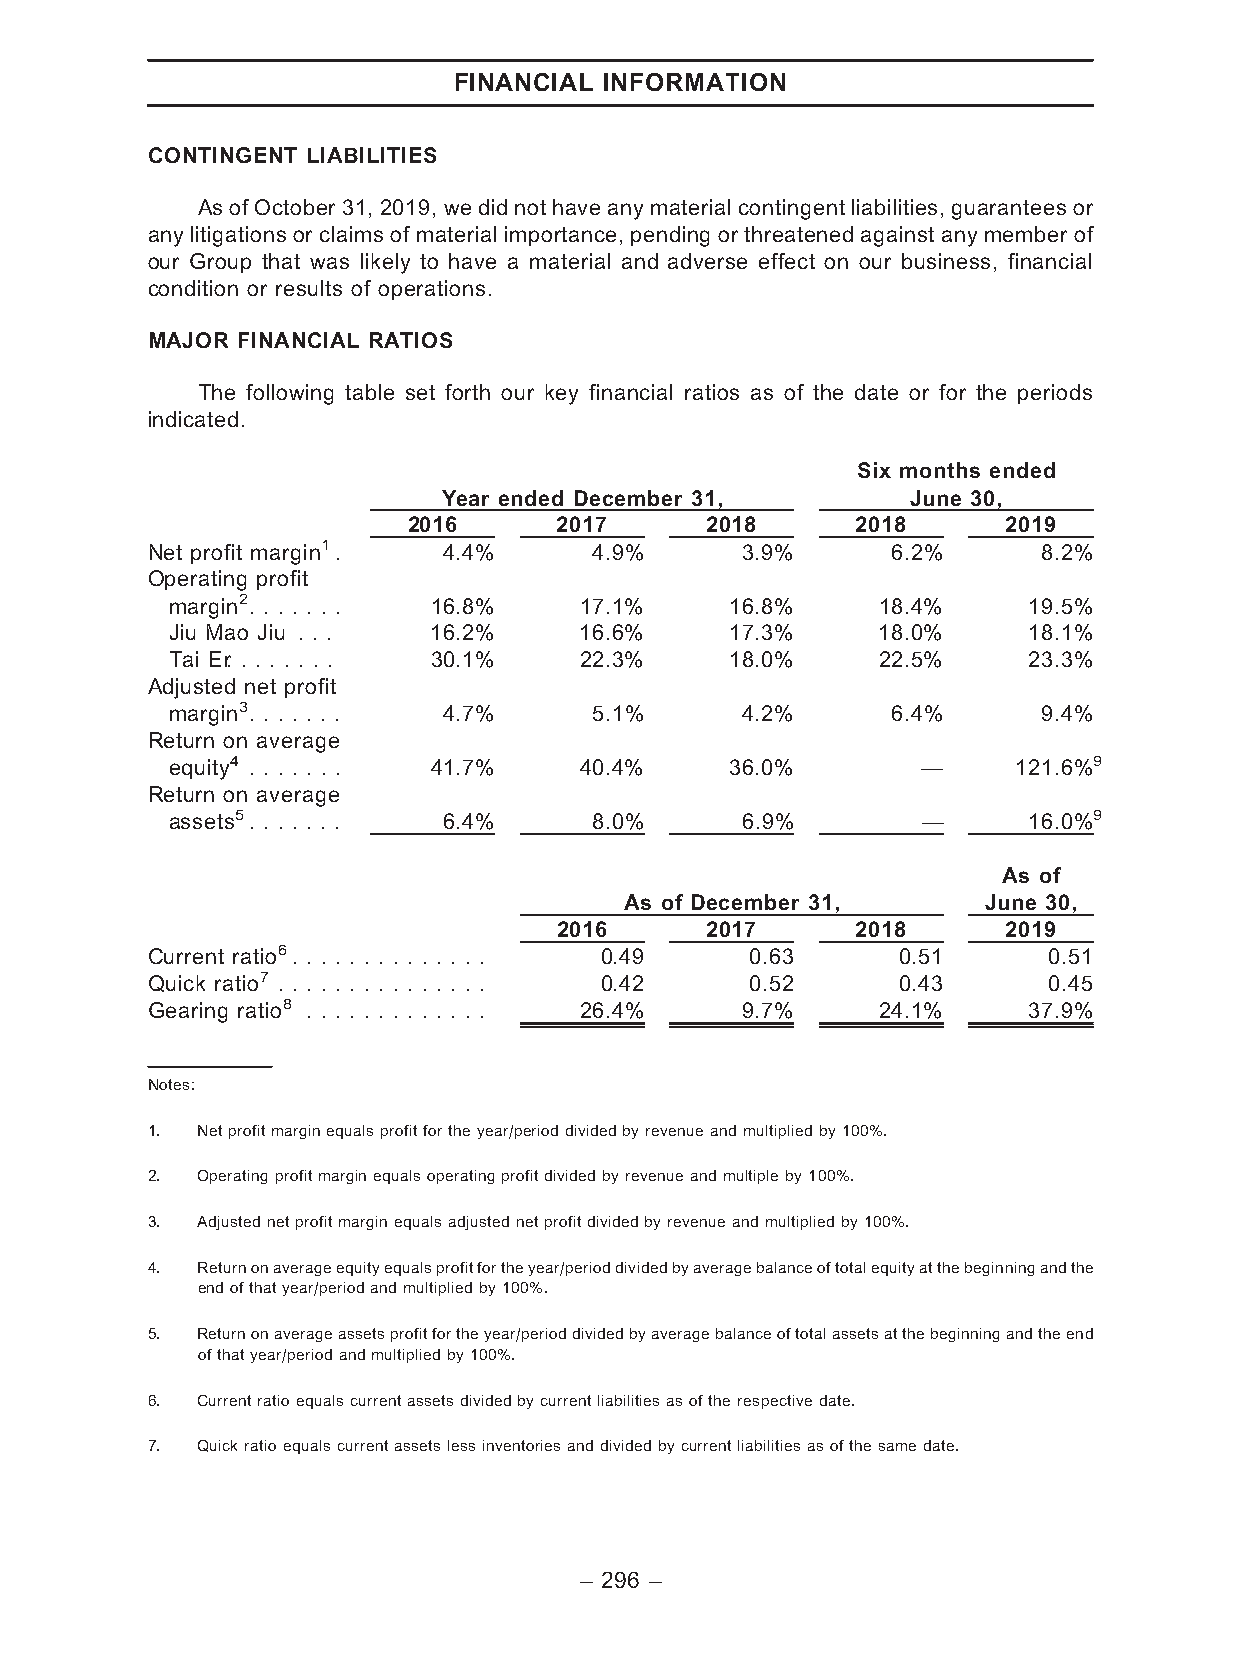
FINANCIAL INFORMATION
 CONTINGENT LIABILITIES
 As of October 31, 2019, we did not have any material contingent liabilities, guarantees or
 any litigations or claims of material importance, pending or threatened against any member of
 our Group that was likely to have a material and adverse effect on our business, financial
 condition or results of operations.
 MAJOR FINANCIAL RATIOS
 The following table set forth our key financial ratios as of the date or for the periods
 indicated.
 Six months ended
 Year ended December 31,        June 30,
 2016      2017      2018      2018      2019
 Net profit margin1. 4.4%     4.9%      3.9%      6.2%      8.2%
 Operating profit
 margin2. . . . . . . 16.8% 17.1%     16.8%     18.4%     19.5%
 Jiu Mao Jiu . . . 16.2%    16.6%     17.3%     18.0%     18.1%
 Tai E.r. . . . . . . . 30.1% 22.3%   18.0%     22.5%     23.3%
 Adjusted net profit
 margin3. . . . . . . 4.7%   5.1%      4.2%      6.4%      9.4%
 Return on average
 equity4 . . . . . . . 41.7% 40.4%    36.0%        —     121.6%9
 Return on average
 assets5. . . . . . . 6.4%   8.0%      6.9%        —      16.0%9
 As of
 As of December 31,      June 30,
 2016      2017      2018      2019
 Current ratio6. . . . . . . . . . . . . . 0.49 0.63 0.51   0.51
 Quick ratio7 . . . . . . . . . . . . . . . 0.42 0.52 0.43  0.45
 Gearing ratio8 . . . . . . . . . . . . . 26.4% 9.7% 24.1% 37.9%
 Notes:
 1. Netprofitmarginequalsprofitfortheyear/perioddividedbyrevenueandmultipliedby100%.
 2. Operatingprofitmarginequalsoperatingprofitdividedbyrevenueandmultipleby100%.
 3. Adjustednetprofitmarginequalsadjustednetprofitdividedbyrevenueandmultipliedby100%.
 4. Returnonaverageequityequalsprofitfortheyear/perioddividedbyaveragebalanceoftotalequityatthebeginningandthe
 endofthatyear/periodandmultipliedby100%.
 5. Returnonaverageassetsprofitfortheyear/perioddividedbyaveragebalanceoftotalassetsatthebeginningandtheend
 ofthatyear/periodandmultipliedby100%.
 6. Currentratioequalscurrentassetsdividedbycurrentliabilitiesasoftherespectivedate.
 7. Quickratioequalscurrentassetslessinventoriesanddividedbycurrentliabilitiesasofthesamedate.
 – 296 –